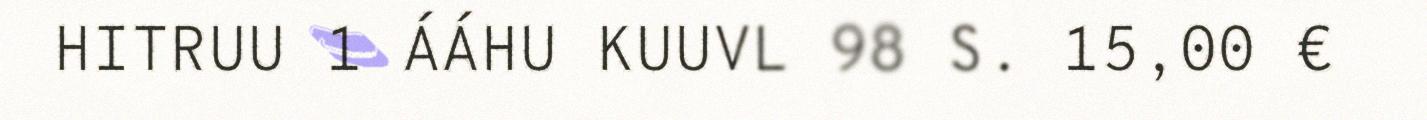
HITRUU 1 ÁÁHU KUUVL 98 S. 15,00 €